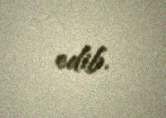
edib.